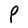
Character: P